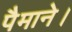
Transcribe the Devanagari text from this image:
पैमाने।